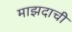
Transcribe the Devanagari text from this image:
माझदाची